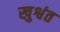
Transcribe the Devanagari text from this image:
खुश्वंत